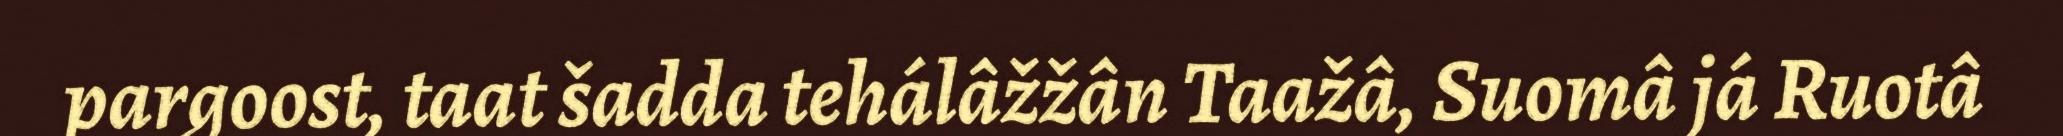
pargoost, taat šadda tehálâžžân Taažâ, Suomâ já Ruotâ